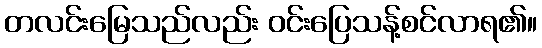
တလင်းမြေသည်လည်း ဝင်းပြေသန့်စင်လာရ၏။